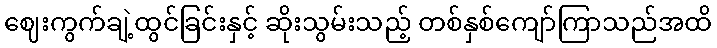
ဈေးကွက်ချဲ့ထွင်ခြင်းနှင့် ဆိုးသွမ်းသည့် တစ်နှစ်ကျော်ကြာသည်အထိ